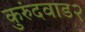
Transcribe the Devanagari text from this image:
कुरुंदवाड२